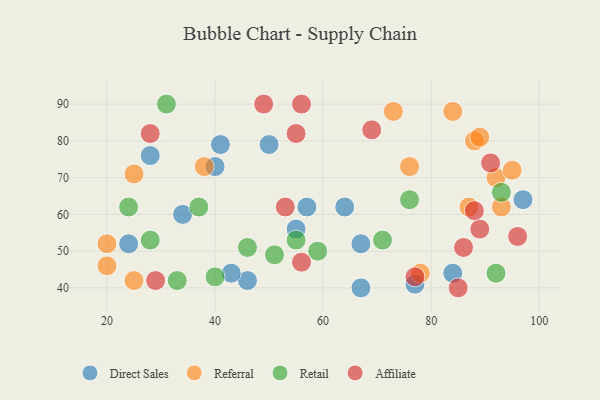
{"axis": {"x": "GDP", "y": "Life Expectancy"}, "legend": ["Affiliate", "Direct Sales", "Referral", "Retail"], "data": [{"x": "34", "y": 60, "type": "Direct Sales"}, {"x": "50", "y": 79, "type": "Direct Sales"}, {"x": "84", "y": 44, "type": "Direct Sales"}, {"x": "24", "y": 52, "type": "Direct Sales"}, {"x": "67", "y": 40, "type": "Direct Sales"}, {"x": "77", "y": 41, "type": "Direct Sales"}, {"x": "46", "y": 42, "type": "Direct Sales"}, {"x": "43", "y": 44, "type": "Direct Sales"}, {"x": "28", "y": 76, "type": "Direct Sales"}, {"x": "67", "y": 52, "type": "Direct Sales"}, {"x": "64", "y": 62, "type": "Direct Sales"}, {"x": "41", "y": 79, "type": "Direct Sales"}, {"x": "40", "y": 73, "type": "Direct Sales"}, {"x": "55", "y": 56, "type": "Direct Sales"}, {"x": "57", "y": 62, "type": "Direct Sales"}, {"x": "97", "y": 64, "type": "Direct Sales"}, {"x": "25", "y": 42, "type": "Referral"}, {"x": "92", "y": 70, "type": "Referral"}, {"x": "88", "y": 80, "type": "Referral"}, {"x": "93", "y": 62, "type": "Referral"}, {"x": "20", "y": 52, "type": "Referral"}, {"x": "84", "y": 88, "type": "Referral"}, {"x": "73", "y": 88, "type": "Referral"}, {"x": "87", "y": 62, "type": "Referral"}, {"x": "78", "y": 44, "type": "Referral"}, {"x": "20", "y": 46, "type": "Referral"}, {"x": "38", "y": 73, "type": "Referral"}, {"x": "95", "y": 72, "type": "Referral"}, {"x": "25", "y": 71, "type": "Referral"}, {"x": "76", "y": 73, "type": "Referral"}, {"x": "89", "y": 81, "type": "Referral"}, {"x": "33", "y": 42, "type": "Retail"}, {"x": "55", "y": 53, "type": "Retail"}, {"x": "93", "y": 66, "type": "Retail"}, {"x": "51", "y": 49, "type": "Retail"}, {"x": "37", "y": 62, "type": "Retail"}, {"x": "92", "y": 44, "type": "Retail"}, {"x": "76", "y": 64, "type": "Retail"}, {"x": "59", "y": 50, "type": "Retail"}, {"x": "31", "y": 90, "type": "Retail"}, {"x": "28", "y": 53, "type": "Retail"}, {"x": "46", "y": 51, "type": "Retail"}, {"x": "24", "y": 62, "type": "Retail"}, {"x": "71", "y": 53, "type": "Retail"}, {"x": "40", "y": 43, "type": "Retail"}, {"x": "55", "y": 82, "type": "Affiliate"}, {"x": "89", "y": 56, "type": "Affiliate"}, {"x": "49", "y": 90, "type": "Affiliate"}, {"x": "53", "y": 62, "type": "Affiliate"}, {"x": "29", "y": 42, "type": "Affiliate"}, {"x": "88", "y": 61, "type": "Affiliate"}, {"x": "56", "y": 47, "type": "Affiliate"}, {"x": "28", "y": 82, "type": "Affiliate"}, {"x": "96", "y": 54, "type": "Affiliate"}, {"x": "91", "y": 74, "type": "Affiliate"}, {"x": "56", "y": 90, "type": "Affiliate"}, {"x": "69", "y": 83, "type": "Affiliate"}, {"x": "77", "y": 43, "type": "Affiliate"}, {"x": "85", "y": 40, "type": "Affiliate"}, {"x": "86", "y": 51, "type": "Affiliate"}]}